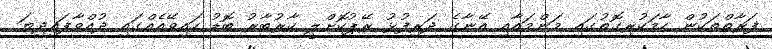
ފަރާތްތަކުން ހާމަކުރިގޮތުގައި މަންމައާއި އޭނާގެ ދަރިފުޅު ރޭޕުކޮށްލީ ކާރުބާރު ބޮޑު ހައިވޭއެއްގައި ދުއްވާފައިދިޔަ